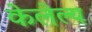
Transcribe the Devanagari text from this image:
केलेल्य